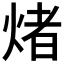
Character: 𤌄